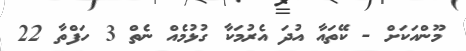
މޫންއަކަށް - ކޭތައާ އުދަ އެރުމަކާ ގުޅުމެއް ނެތް 3 ހަފްތާ 22